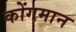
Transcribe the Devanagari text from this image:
कोंगमान